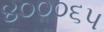
૪૦૦૦૬૫